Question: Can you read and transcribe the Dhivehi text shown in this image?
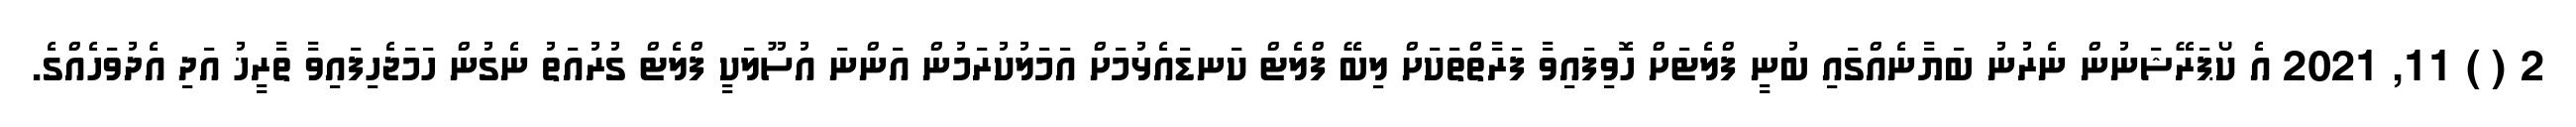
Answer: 2 ( ) 11, 2021 އެ ކޯޕަރޭޝަނުން ނެރުނު ބަޔާނެއްގައި ބުނީ ފްލެޓަށް ހޮވިފައިވާ ފަރާތްތަކަށް ލިބޭ ފްލެޓް ކަނޑައެޅުމަށް އަމަލުކުރަމުން އަންނަ އުސޫލަކީ ފްލެޓް ގުރުއަތު ނެގުން ހަމަޖެހިފައިވާ ތާރީޚު އަދި އެދުވަހެއްގެ.